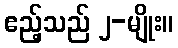
ဧည့်သည် ၂-မျိုး။